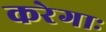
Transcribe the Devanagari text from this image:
करेगाः